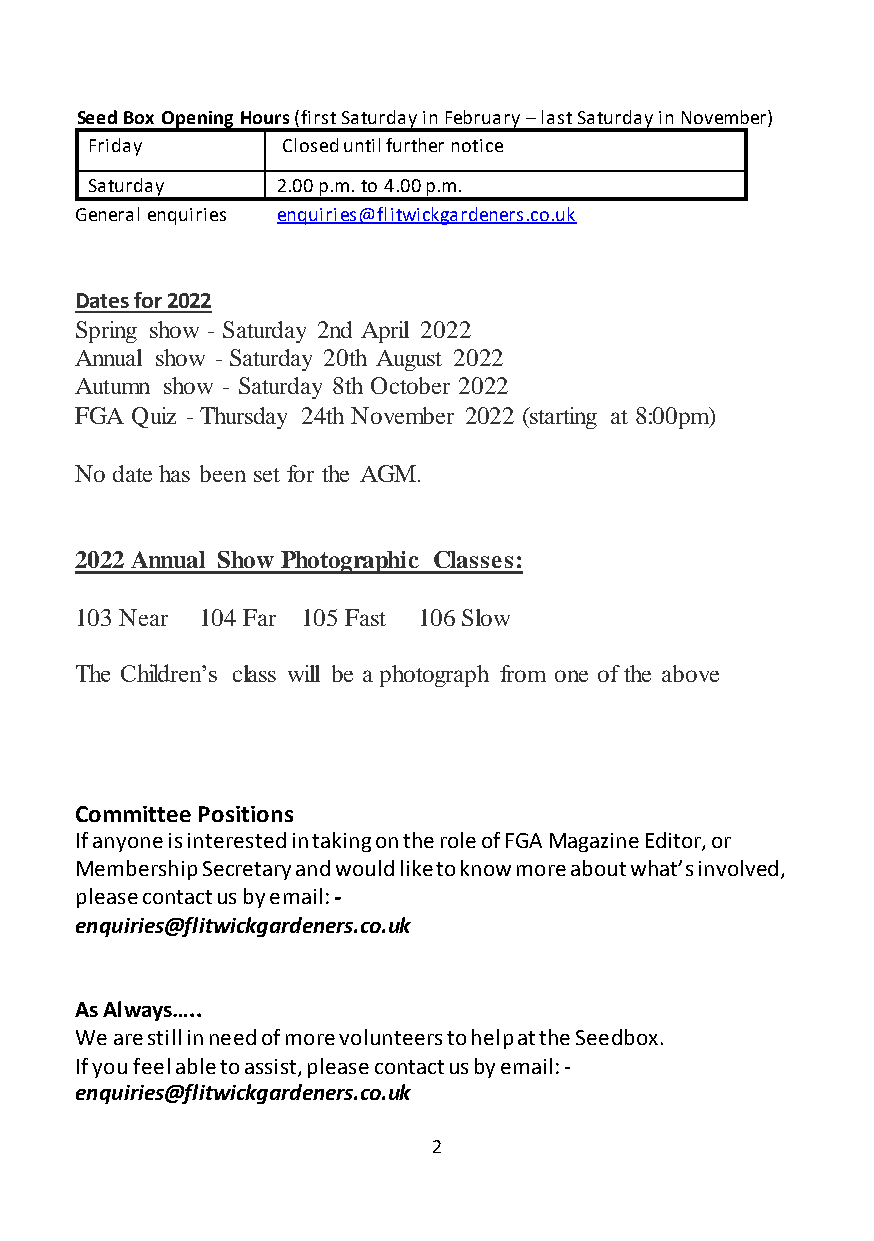
Seed Box Opening Hours (first Saturday in February – last Saturday in November)
 Friday       Closed until further notice
 Saturday    2.00 p.m. to 4.00 p.m.
 General enquiries enquiries@flitwickgardeners.co.uk
 Dates for 2022
 Spring show - Saturday 2nd April 2022
 Annual show - Saturday 20th August 2022
 Autumn show - Saturday 8th October 2022
 FGA Quiz - Thursday 24th November 2022 (starting at 8:00pm)
 No date has been set for the AGM.
 2022 Annual Show Photographic Classes:
 103 Near 104 Far 105 Fast 106 Slow
 The Children’s class will be a photograph from one of the above
 Committee Positions
 If anyone is interested in taking on the role of FGA Magazine Editor, or
 Membership Secretary and would like to know more about what’s involved,
 please contact us by email: -
 enquiries@flitwickgardeners.co.uk
 As Always…..
 We are still in need of more volunteers to help at the Seedbox.
 If you feel able to assist, please contact us by email: -
 enquiries@flitwickgardeners.co.uk
 2